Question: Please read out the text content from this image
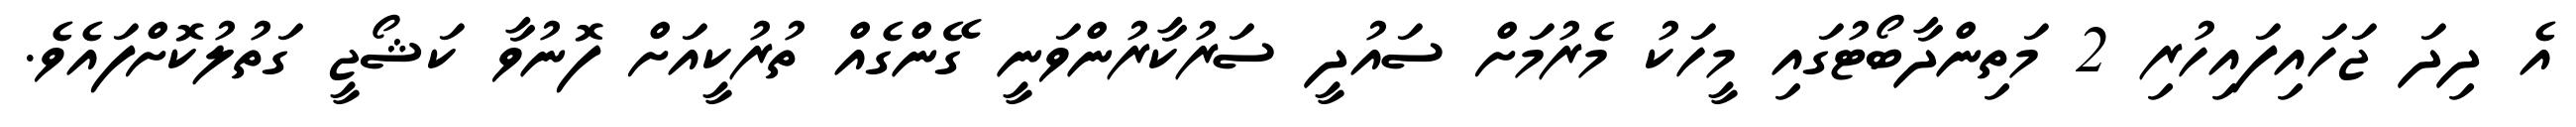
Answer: އެ ދިދަ ޖަހައިފައިހުރި 2 މަތިންދާބޯޓުގައި މީހަކު މެރުމަށް ސައުދީ ސަރުކާރުންވަނީ ގޭންގެއް ތުރުކީއަށް ފޮނުވާ ކަޝޯޖީ ގަތުލުކޮށްފައެވެ.